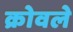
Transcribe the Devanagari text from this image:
क्रोवले